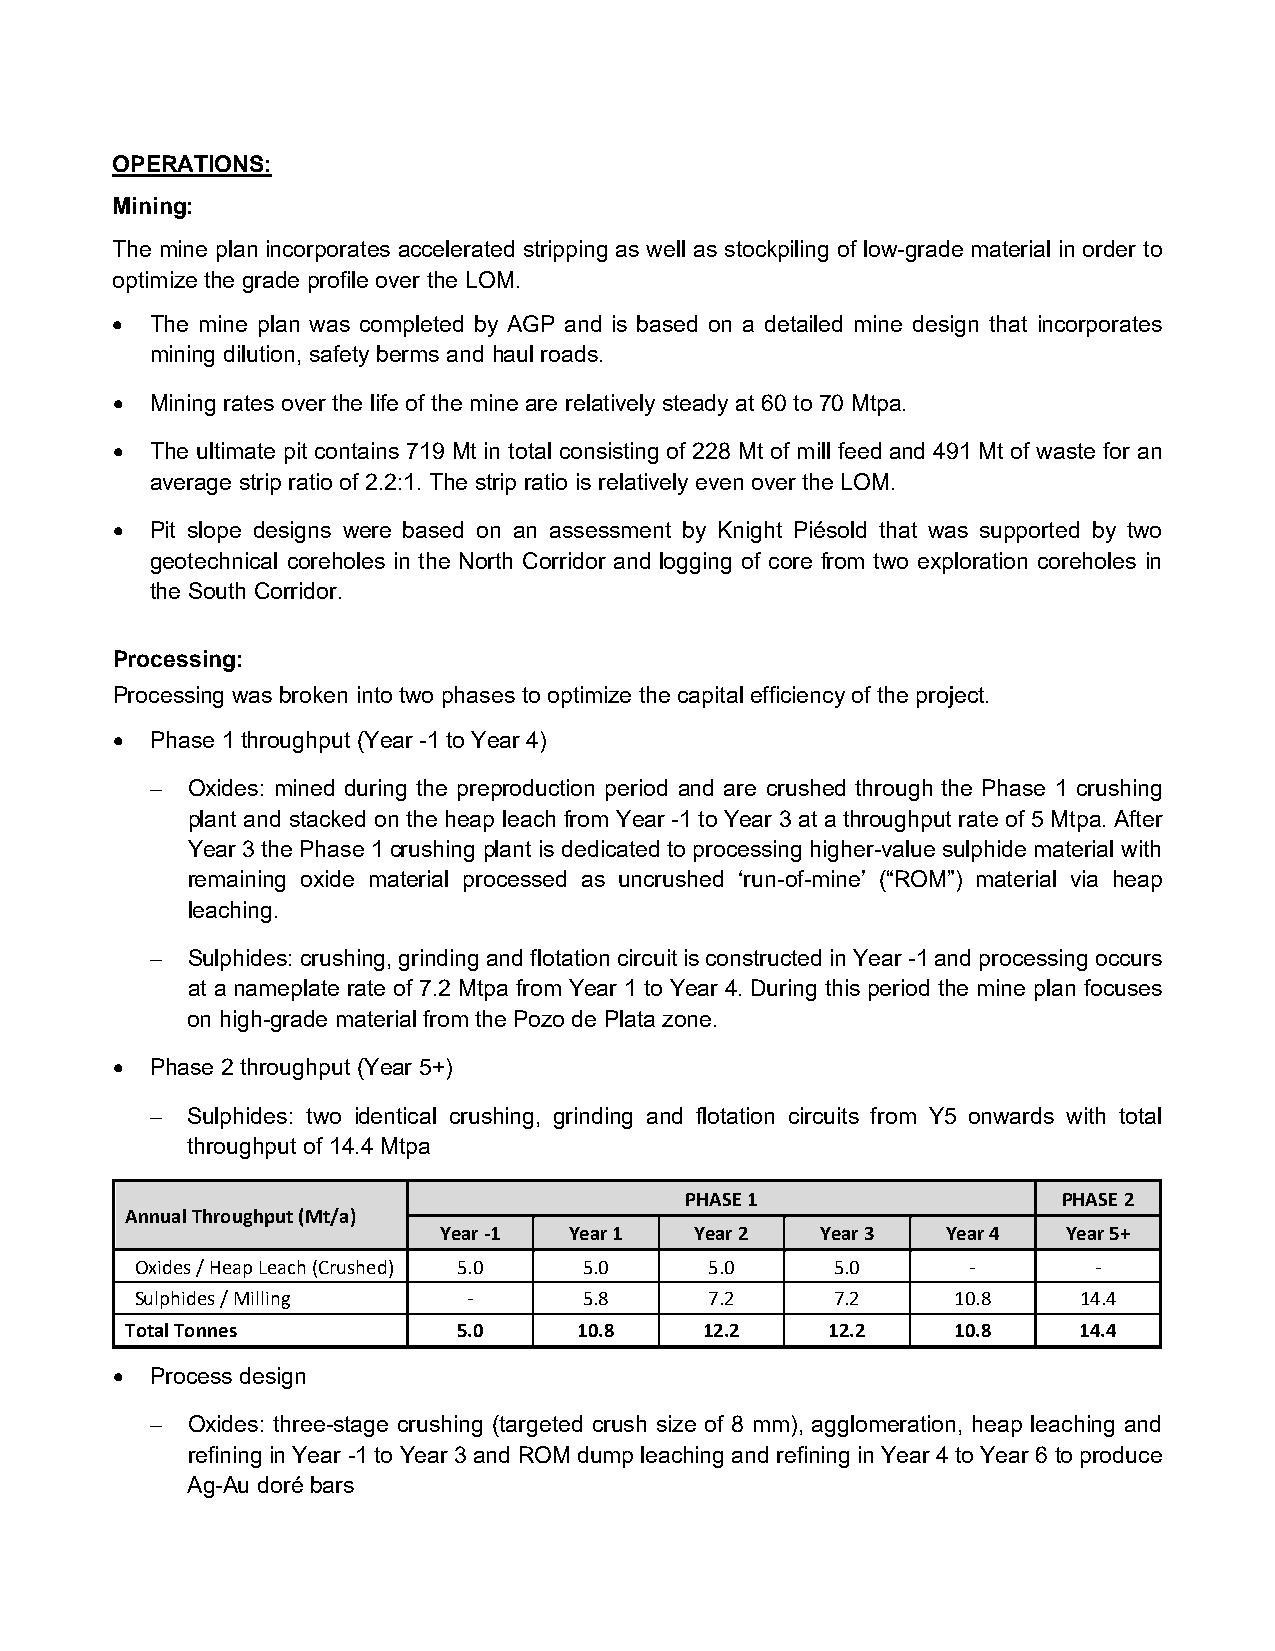
OPERATIONS:
 Mining:
 The mine plan incorporates accelerated stripping as well as stockpiling of low-grade material in order to
 optimize the grade profile over the LOM.
 •  The mine plan was completed by AGP and is based on a detailed mine design that incorporates
 mining dilution, safety berms and haul roads.
 •  Mining rates over the life of the mine are relatively steady at 60 to 70 Mtpa.
 •  The ultimate pit contains 719 Mt in total consisting of 228 Mt of mill feed and 491 Mt of waste for an
 average strip ratio of 2.2:1. The strip ratio is relatively even over the LOM.
 •  Pit slope designs were based on an assessment by Knight Piésold that was supported by two
 geotechnical coreholes in the North Corridor and logging of core from two exploration coreholes in
 the South Corridor.
 Processing:
 Processing was broken into two phases to optimize the capital efficiency of the project.
 •  Phase 1 throughput (Year -1 to Year 4)
 − Oxides: mined during the preproduction period and are crushed through the Phase 1 crushing
 plant and stacked on the heap leach from Year -1 to Year 3 at a throughput rate of 5 Mtpa. After
 Year 3 the Phase 1 crushing plant is dedicated to processing higher-value sulphide material with
 remaining oxide material processed as uncrushed ‘run-of-mine’ (“ROM”) material via heap
 leaching.
 − Sulphides: crushing, grinding and flotation circuit is constructed in Year -1 and processing occurs
 at a nameplate rate of 7.2 Mtpa from Year 1 to Year 4. During this period the mine plan focuses
 on high-grade material from the Pozo de Plata zone.
 •  Phase 2 throughput (Year 5+)
 − Sulphides: two identical crushing, grinding and flotation circuits from Y5 onwards with total
 throughput of 14.4 Mtpa
 PHASE 1                  PHASE 2
 Annual Throughput (Mt/a)
 Year -1  Year 1  Year 2  Year 3   Year 4  Year 5+
 Oxides / Heap Leach (Crushed) 5.0 5.0 5.0     5.0      -       -
 Sulphides / Milling   -       5.8     7.2     7.2     10.8    14.4
 Total Tonnes          5.0     10.8     12.2    12.2    10.8    14.4
 •  Process design
 − Oxides: three-stage crushing (targeted crush size of 8 mm), agglomeration, heap leaching and
 refining in Year -1 to Year 3 and ROM dump leaching and refining in Year 4 to Year 6 to produce
 Ag-Au doré bars